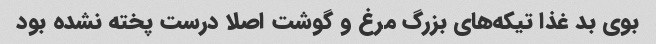
بوی بد غذا تیکه‌های بزرگ مرغ و گوشت اصلا درست پخته نشده بود